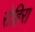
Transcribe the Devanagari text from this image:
रोहिरा